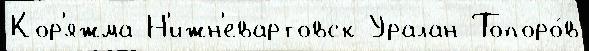
Кор'яжма Н'ижн'евартовск Уралан Топоро́в